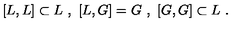
[ L , L ] \subset L \ , \ [ L , G ] = G \ , \ [ G , G ] \subset L \ .